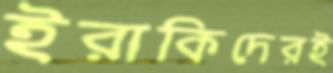
ইরাকিদেরই